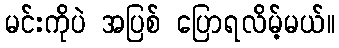
မင်းကိုပဲ အပြစ် ပြောရလိမ့်မယ်။